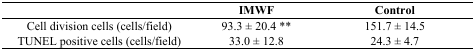
|  | IMWF | Control |
 | --- | --- | --- |
 | Cell division cells (cells/field) | 93.3 ± 20.4 ** | 151.7 ± 14.5 |
 | TUNEL positive cells (cells/field) | 33.0 ± 12.8 | 24.3 ± 4.7 |